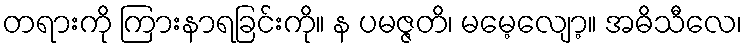
တရားကို ကြားနာရခြင်းကို။ န ပမဇ္ဇတိ၊ မမေ့လျော့။ အဓိသီလေ၊